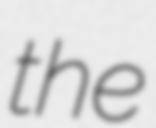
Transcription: the